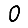
Digit: 0